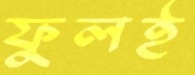
ফুলই